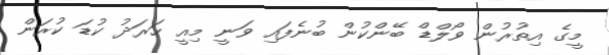
މީގެ އިތުރުން ވޯލްޑް ބޭންކުން ބުނެފައި ވަނީ މިއީ ހަރަދު ކުޑަ ކުރަން